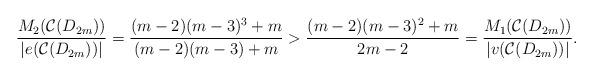
LaTeX: \begin{align*}\dfrac{M_{2}(\mathcal{C}(D_{2m}))}{|e(\mathcal{C}(D_{2m}))|} = \dfrac{(m-2)(m-3)^{3}+m}{(m-2)(m-3)+m} > \dfrac{(m-2)(m-3)^{2}+m}{2m-2} = \dfrac{M_{1}(\mathcal{C}(D_{2m}))}{|v( \mathcal{C}(D_{2m}))|}.\end{align*}